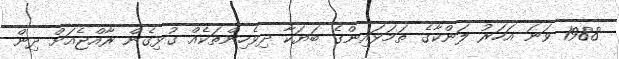
1988 ވަނަ އަހަރު ލަންކާގެ ތަމަޅައިންގެ ބަޔަކާ ދިވެހިންތަކެއް ގުޅިގެން ރާއްޖެއަށް ދިން